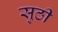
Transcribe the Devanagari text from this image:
सुठी